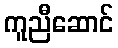
ကူညီဆောင်